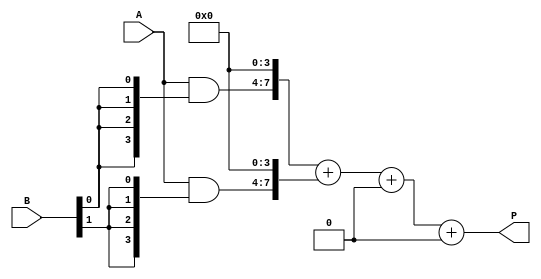
module vedic_multiplier #(parameter N = 4) (
    input [N-1:0] A, // N-bit input A
    input [N-1:0] B, // N-bit input B
    output [2*N-1:0] P // 2N-bit output product
);

    // Internal wires for partial products
    wire [N-1:0] pp [0:N-1]; // Partial products
    wire [2*N-1:0] sum [0:N-1]; // Sums of partial products

    // Generate partial products
    genvar i, j;
    generate
        for (i = 0; i < N; i = i + 1) begin : partial_product_gen
            assign pp[i] = A & {N{B[i]}}; // AND operation to generate partial product
        end
    endgenerate

    // Initialize the first sum with the first partial product
    assign sum[0] = {pp[0], {N{1'b0}}}; // Shift left by 0 for the first partial product

    // Add partial products
    generate
        for (i = 1; i < N; i = i + 1) begin : adder_tree
            assign sum[i] = sum[i-1] + {pp[i], {N{i'b0}}}; // Shift and add
        end
    endgenerate

    // Final product output
    assign P = sum[N-1];

endmodule